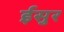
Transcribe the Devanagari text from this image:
ईसुर